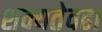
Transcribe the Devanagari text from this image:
शक्यतेवढा